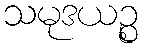
သမုဒယဉ္စ